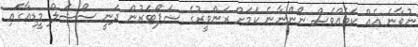
ނުވާނެ އެއް ކަމެއްވެސް ނޯންނާނެ ކަމަށް ރަންވީރުގެ ސަޕޯޓަރުން ދަނީ ސޯޝަލް މީޑިއާގައި